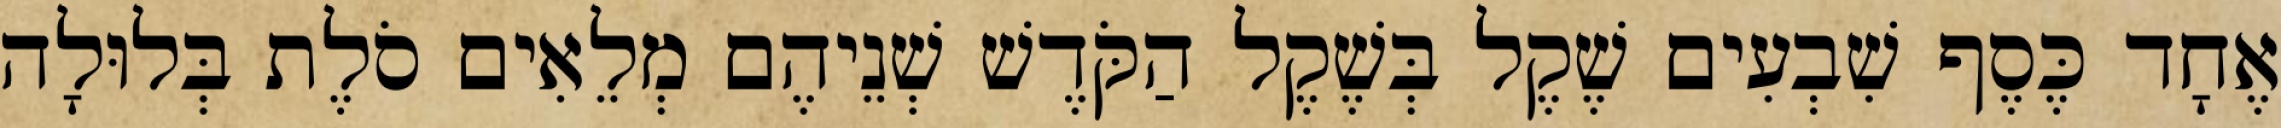
אֶחָד כֶּסֶף שִׁבְעִים שֶׁקֶל בְּשֶׁקֶל הַקֹּדֶשׁ שְׁנֵיהֶם מְלֵאִים סֹלֶת בְּלוּלָה